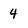
Character: 4